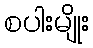
စပါးမျိုး